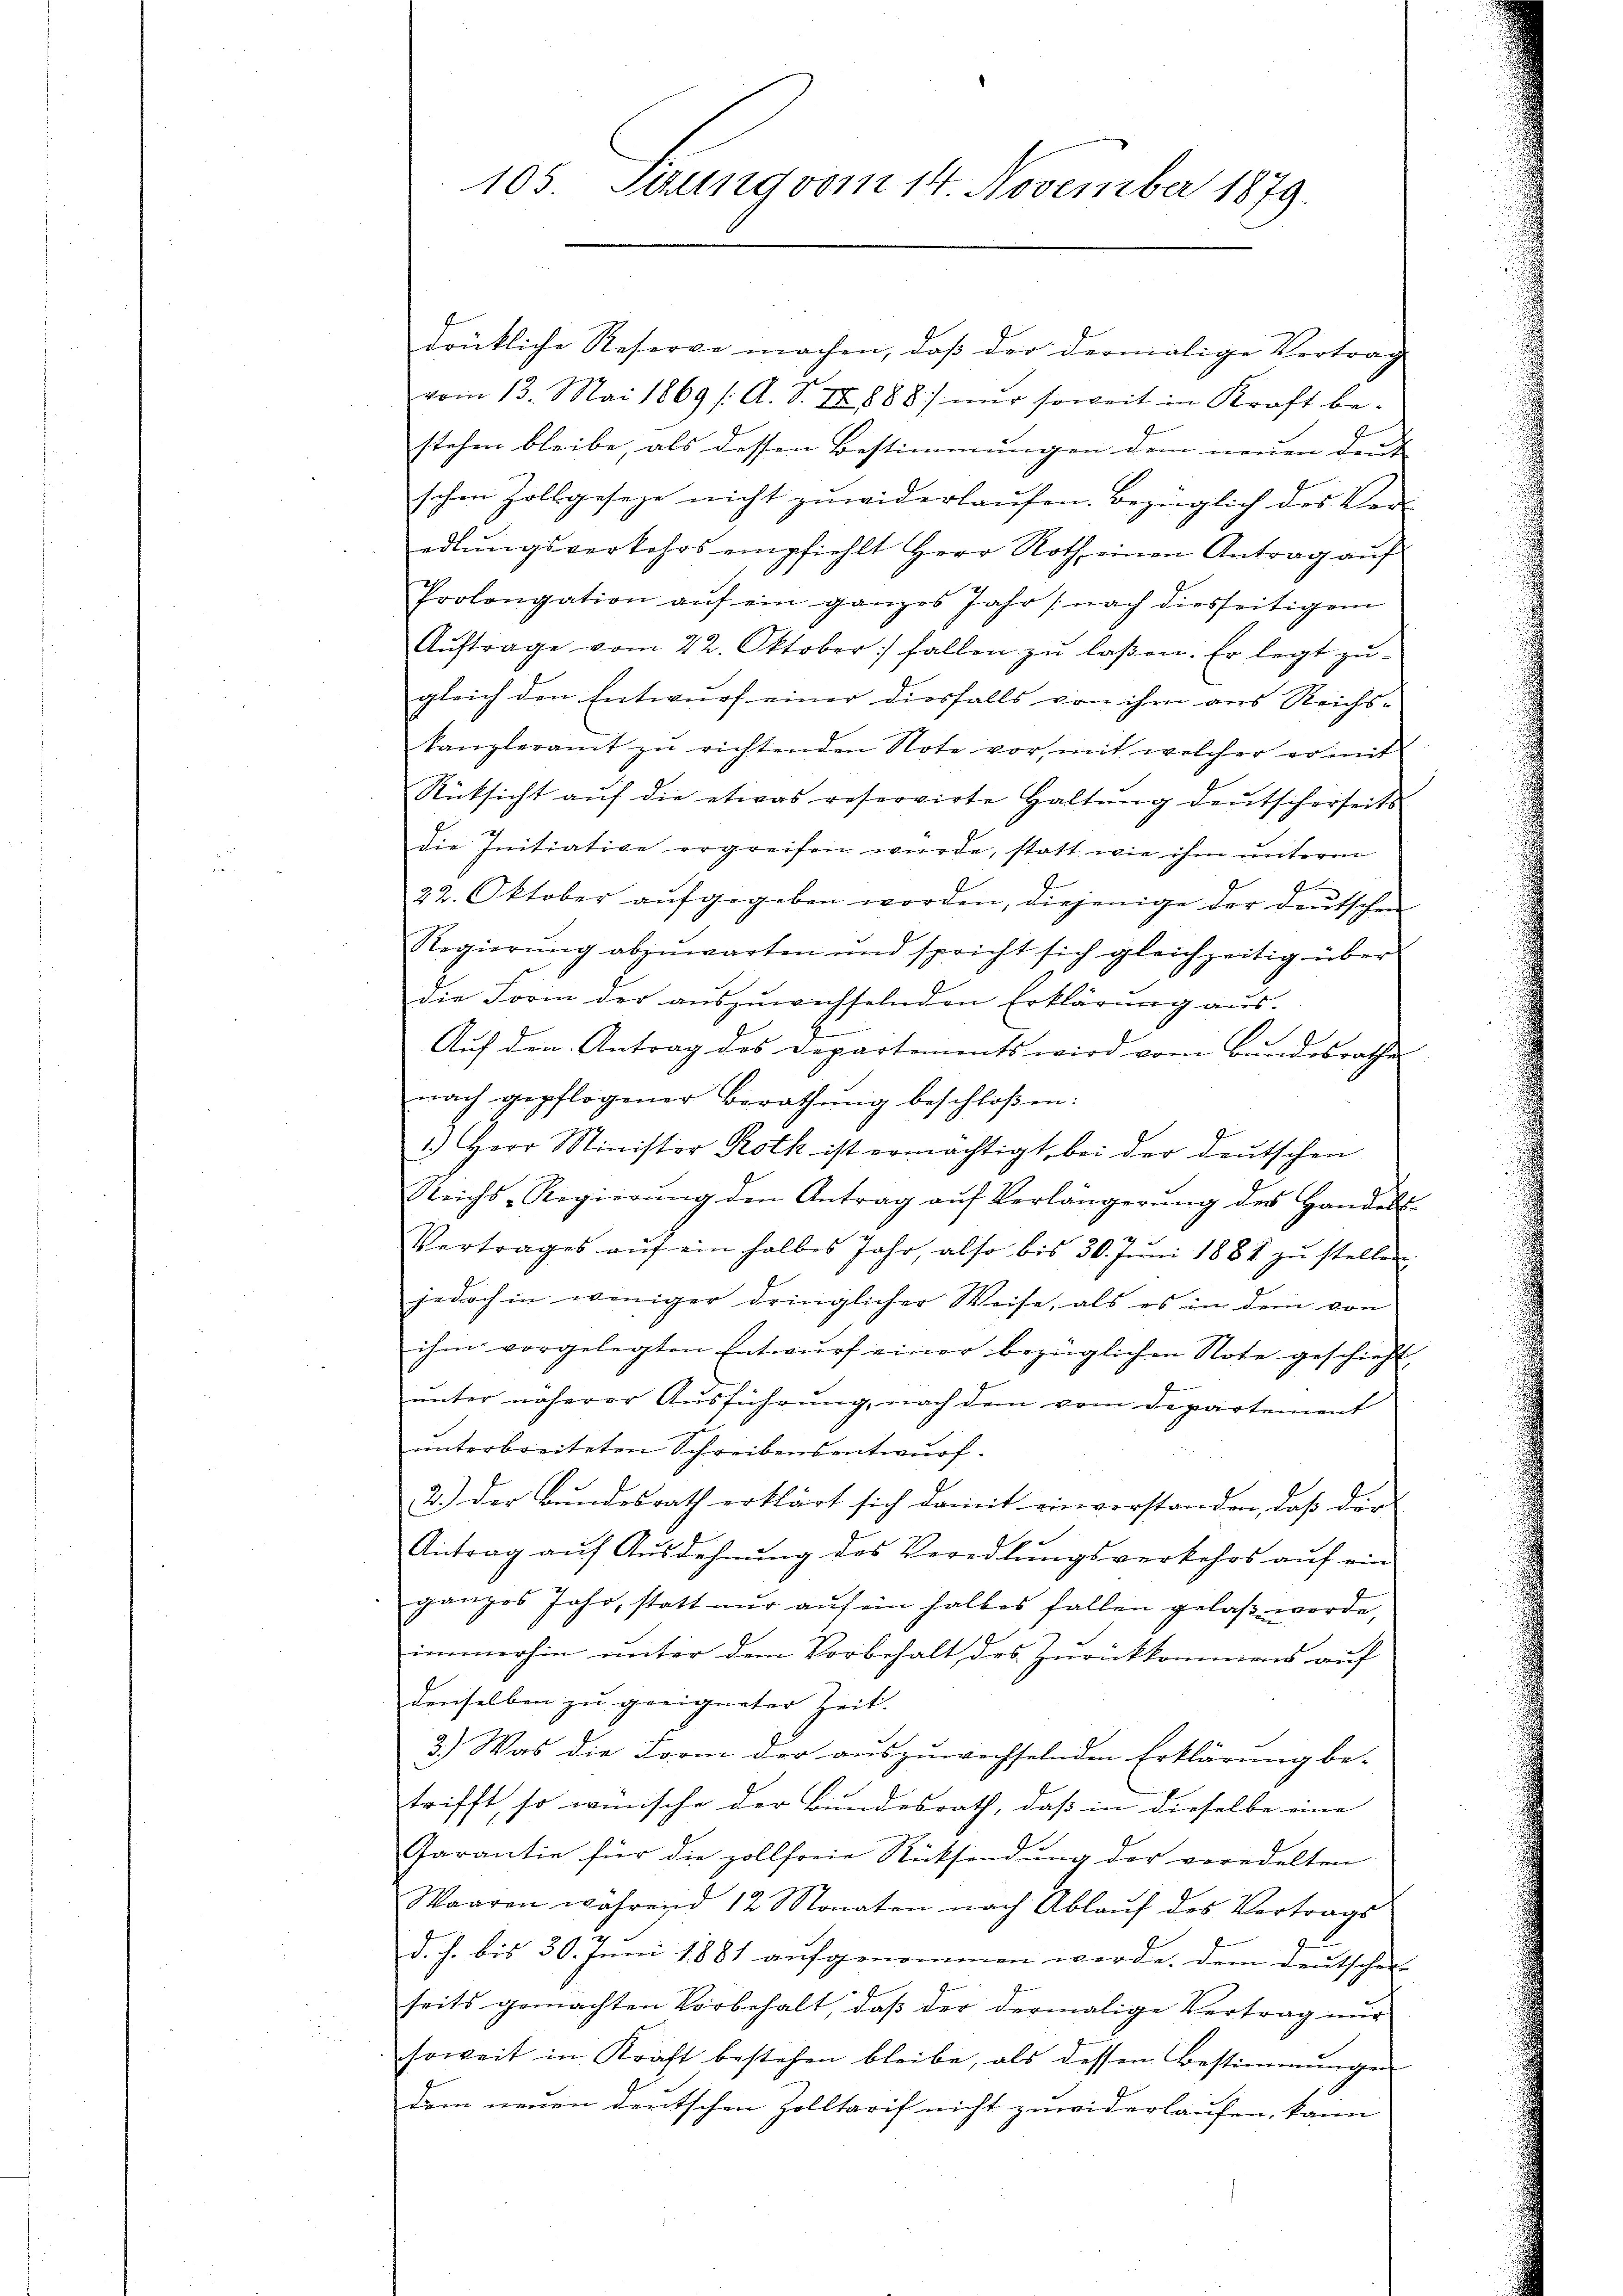
105. Seung vom 14. November 1879.

drükliche Reserve machen, daß der dermalige Vertrag
vom 13. Mai 1869 /A. S. II 888) nur soweit in Kraft be-
stehen bleibe, als dessen Bestimmungen dem neuen Deut
schen Zollgeseze nicht zuwiderlaufen. Bezüglich des Vor-
edlŭngsverkehrs empfiehlt Herr Roth einen Antrag aŭf
Prolongation aŭf ein ganzes Jahr (nach diesseitigem
Aŭftrage vom 22. Oktober fallen zŭ lassen. Er legt zŭ-
gleich den Entwurf einer diesfalls von ihm aus Reichs-
kanzleramt zu richtenden Note vor, mit welcher er mit
Rücksicht auf die etwas reservirte Haltŭng deŭtscherseits
die Initiative ergreifen wurde, statt wie ihm unterm
J
22. Oktober aufgegeben worden, diejenige der deutschen
Regierŭng abzŭwarten und spricht sich gleichzeitig über
die Form der auszuwechselnden Erklärung aus.
e
Auf den Antrag des Departements wird vom Bundesrathe
nach gepflogener Berathŭng beschloßen:
1.) Herr Ministor Roth ist ermächtigt, bei der deutschen
Reichs-Regierŭng den Antrag aŭf Verlängerŭng des Handels-
Vertrages aŭf ein halbes Jahr, also bis 30. Jŭni 1881 zŭ stellen
jedoch in weniger dringlicher Weise, als es in dem von
ihm vorgelegten Entwŭrf einer bezüglichen Note geschieht
unter näherer Aŭsführŭng, nach dem vom Departement
unterbreiteten Schreibensentwurf.
2.) Der Bundesrath erklärt sich damit einverstanden, daß der
Antrag auf Ausdehnung des Veredlungsverkehrs auf ein
ganzes Jahr, statt nur auf ein halbes fallen gelaß werde,
immerhin unter den Vorbehalt des Zurückkommens auf
denselben zu geeigneter Zeit.
3.) Was die Form der auszuwechselnden Erklärung be-
trifft, so wünsche der Bundesrath, daß in dieselbe eine
Garantie für die zollfreie Rücksendŭng der veredelten
Waaren während 12 Monaten nach Ablaŭf des Vertrags
d. h. bis 30. Juni 1881 aufgenommen werde. Dem Deutscher-
seits gemachten Vorbehalt, daß der dermalige Vertrag und
soweit in Kraft bestehen bleibe, als dessen Bestimmungen
dem neuen deutschen Zolltarif nicht zuwiderlaufen, kann